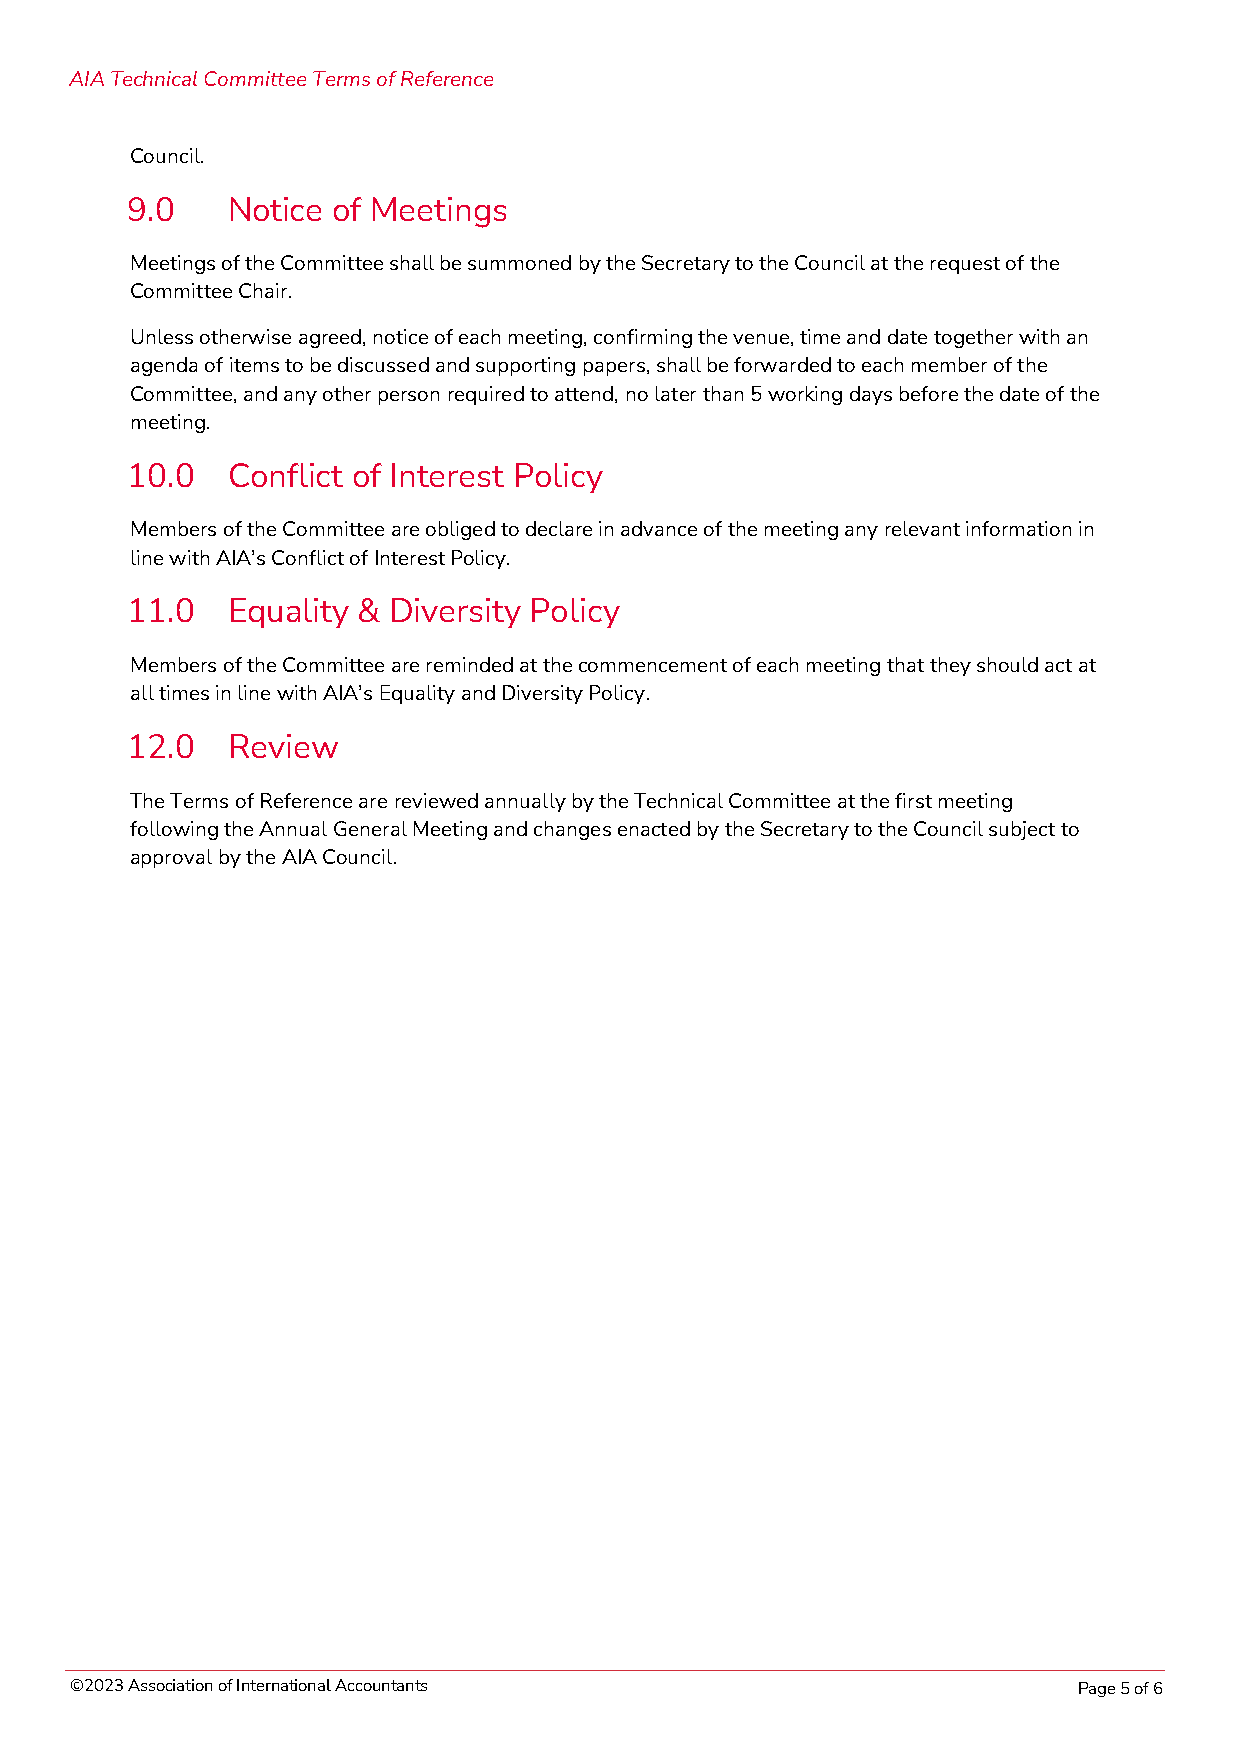
AIA Technical Committee Terms of Reference
 Council.
 9.0    Notice of Meetings
 Meetings of the Committee shall be summoned by the Secretary to the Council at the request of the
 Committee Chair.
 Unless otherwise agreed, notice of each meeting, confirming the venue, time and date together with an
 agenda of items to be discussed and supporting papers, shall be forwarded to each member of the
 Committee, and any other person required to attend, no later than 5 working days before the date of the
 meeting.
 10.0   Conflict of Interest Policy
 Members of the Committee are obliged to declare in advance of the meeting any relevant information in
 line with AIA’s Conflict of Interest Policy.
 11.0   Equality & Diversity Policy
 Members of the Committee are reminded at the commencement of each meeting that they should act at
 all times in line with AIA’s Equality and Diversity Policy.
 12.0   Review
 The Terms of Reference are reviewed annually by the Technical Committee at the first meeting
 following the Annual General Meeting and changes enacted by the Secretary to the Council subject to
 approval by the AIA Council.
 ©2023 Association of International Accountants                    Page 5 of 6